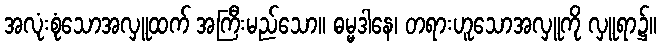
အလုံးစုံသောအလှူထက် အကြီးမည်သော။ ဓမ္မဒါနေ၊ တရားဟူသောအလှူကို လှူရာ၌။